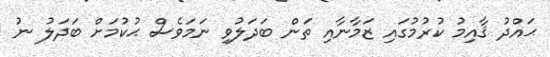
ޙައްދު ޤާއިމު ކުރުމުގައި ޒަމާނާއި ތަން ބަދަލުވި ނަމަވެސް ޙުކުމަށް ބަދަލު ނު